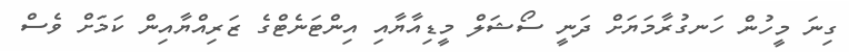
ގިނަ މީހުން ހަނގުރާމަޔަށް ދަނީ ސޯޝަލް މީޑިއާޔާއި އިންޓަނެޓްގެ ޒަރިއްޔާއިން ކަމަށް ވެސް